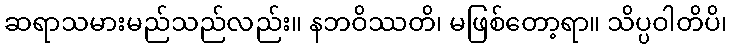
ဆရာသမားမည်သည်လည်း။ နဘဝိဿတိ၊ မဖြစ်တော့ရာ။ သိပ္ပဝါတိပိ၊